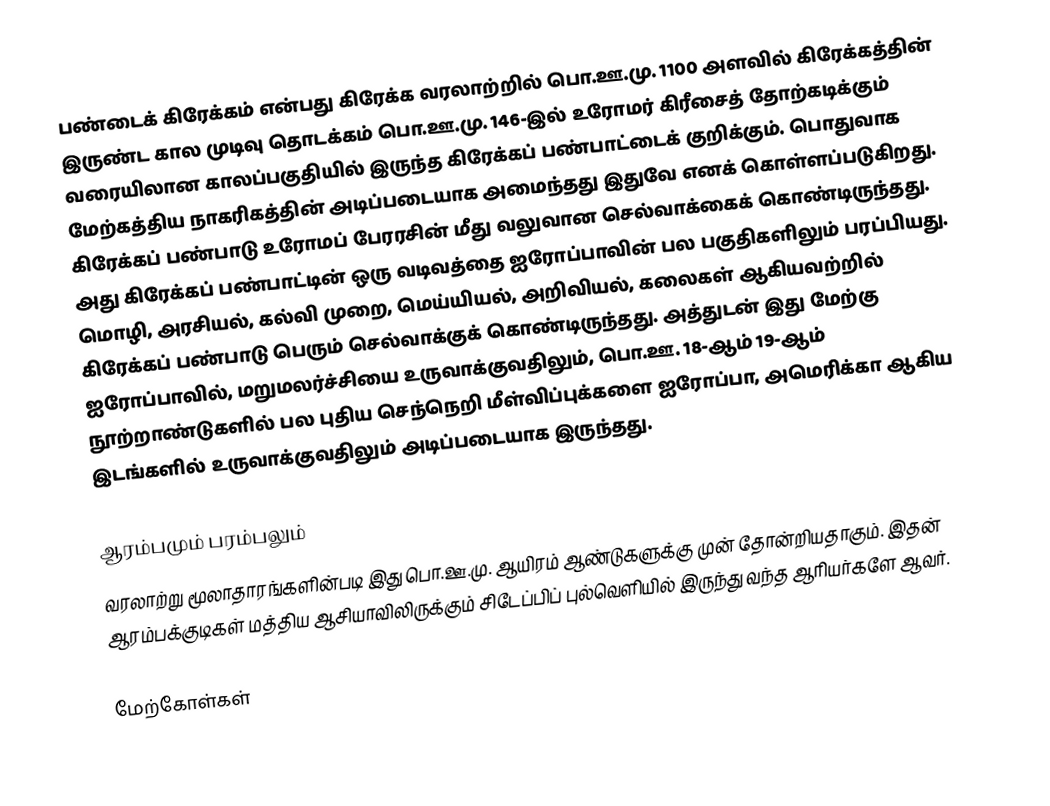
பண்டைக் கிரேக்கம் என்பது கிரேக்க வரலாற்றில் பொ.ஊ.மு. 1100 அளவில் கிரேக்கத்தின் இருண்ட கால முடிவு தொடக்கம் பொ.ஊ.மு. 146-இல் உரோமர் கிரீசைத் தோற்கடிக்கும் வரையிலான காலப்பகுதியில் இருந்த கிரேக்கப் பண்பாட்டைக் குறிக்கும். பொதுவாக மேற்கத்திய நாகரிகத்தின் அடிப்படையாக அமைந்தது இதுவே எனக் கொள்ளப்படுகிறது. கிரேக்கப் பண்பாடு உரோமப் பேரரசின் மீது வலுவான செல்வாக்கைக் கொண்டிருந்தது. அது கிரேக்கப் பண்பாட்டின் ஒரு வடிவத்தை ஐரோப்பாவின் பல பகுதிகளிலும் பரப்பியது. மொழி, அரசியல், கல்வி முறை, மெய்யியல், அறிவியல், கலைகள் ஆகியவற்றில் கிரேக்கப் பண்பாடு பெரும் செல்வாக்குக் கொண்டிருந்தது. அத்துடன் இது மேற்கு ஐரோப்பாவில், மறுமலர்ச்சியை உருவாக்குவதிலும், பொ.ஊ. 18-ஆம் 19-ஆம் நூற்றாண்டுகளில் பல புதிய செந்நெறி மீள்விப்புக்களை ஐரோப்பா, அமெரிக்கா ஆகிய இடங்களில் உருவாக்குவதிலும் அடிப்படையாக இருந்தது.

ஆரம்பமும் பரம்பலும்
வரலாற்று மூலாதாரங்களின்படி இது பொ.ஊ.மு. ஆயிரம் ஆண்டுகளுக்கு முன் தோன்றியதாகும். இதன் ஆரம்பக்குடிகள் மத்திய ஆசியாவிலிருக்கும் சிடேப்பிப் புல்வெளியில் இருந்து வந்த ஆரியர்களே ஆவர்.

மேற்கோள்கள்